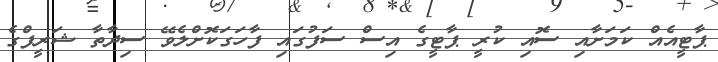
ޕާޓީއެއް ކަމަށާއި ސޮއި ކުރީ ޕާޓީގެ އިސް ސަފުގައި ފާހަގަކޮށްލެވޭ ސިދާތާ ޝަރީފްގެ